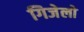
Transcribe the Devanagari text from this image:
गिजेलो